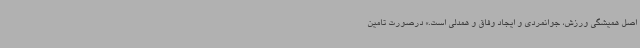
اصل همیشگی ورزش، جوانمردی و ایجاد وفاق و همدلی است.» درصورت تامین